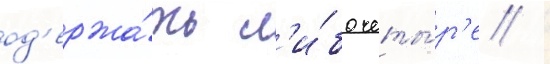
од'ержа́ть л'и́бо четы́р'е /